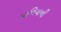
પાવિયાની